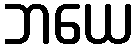
ဘယေ